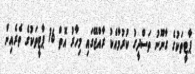
ޕާޓީތަކުގެ ގާނޫނު ތަސްދީގު ކުރުމާއެކު ރާއްޖޭގައި މިހާރު އޮތް 16 ޕާޓީތަކުގެ ތެރެއިން